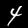
Digit: 4